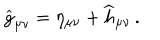
\widehat g _ { \mu \nu } = \eta _ { \mu \nu } + \widehat h _ { \mu \nu } \, .